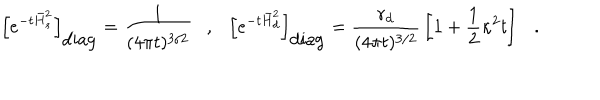
\left[ e ^ { - t \bar { H } _ { s } ^ { 2 } } \right] _ { \mathrm { d i a g } } = { \frac { 1 } { ( 4 \pi t ) ^ { 3 / 2 } } } , { } \left[ e ^ { - t \bar { H } _ { d } ^ { 2 } } \right] _ { \mathrm { d i a g } } = { \frac { r _ { d } } { ( 4 \pi t ) ^ { 3 / 2 } } } \left[ 1 + \frac 1 2 \kappa ^ { 2 } t \right] .